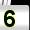
Digit: 5